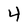
Character: 4